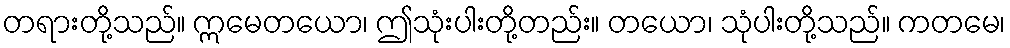
တရားတို့သည်။ ဣမေတယော၊ ဤသုံးပါးတို့တည်း။ တယော၊ သုံပါးတို့သည်။ ကတမေ၊